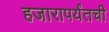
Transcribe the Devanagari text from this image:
हजारापर्यंतची